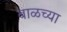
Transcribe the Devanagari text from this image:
बाळच्या